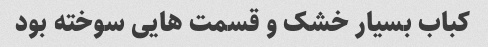
کباب بسیار خشک و قسمت هایی سوخته بود